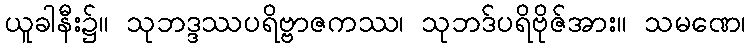
ယူခါနီး၌။ သုဘဒ္ဒဿပရိဗ္ဗာဇကဿ၊ သုဘဒ်ပရိဗိုဇ်အား။ သမဏေ၊